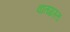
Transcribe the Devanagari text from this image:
वातग्रस्त